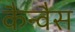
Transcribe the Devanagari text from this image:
कैन्वैस